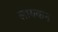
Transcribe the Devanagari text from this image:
लायकन